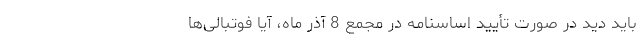
باید دید در صورت تأیید اساسنامه در مجمع 8 آذر ماه، آیا فوتبالی‌ها